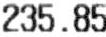
235.85